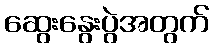
ဆွေးနွေးပွဲအတွက်